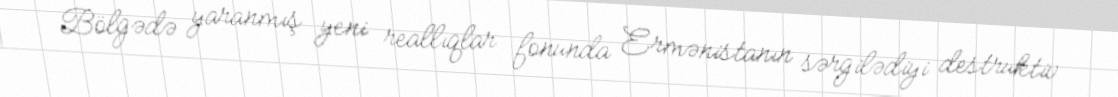
Bölgədə yaranmış yeni reallıqlar fonunda Ermənistanın sərgilədiyi destruktiv